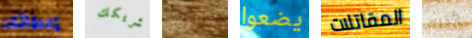
إعطائك شريكك يدمرون يضعوا المقاتلات كذلك